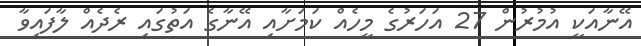
އޭނާއަކީ އުމުރުން 27 އަހަރުގެ މީހެއް ކަމަށާއި އޭނާގެ އަތުގައި ރެދެއް ލާފައިވާ